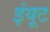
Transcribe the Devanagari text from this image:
इंयूट